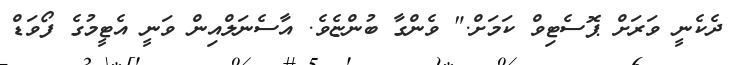
ދެކެނީ ވަރަށް ޕޮސެޓިވް ކަމަށް." ވެންގާ ބުންޏެވެ. އާސެނަލްއިން ވަނީ އެޓީމުގެ ފޯވަޑް